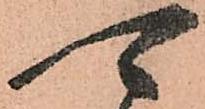
可